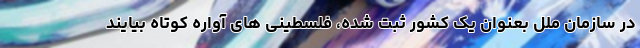
در سازمان ملل بعنوان یک کشور ثبت شده، فلسطینی های آواره کوتاه بیایند